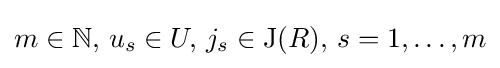
m\in \mathbb {N} ,\,u_{s}\in U,\,j_{s}\in \operatorname {J} (R),\,s=1,\dots ,m